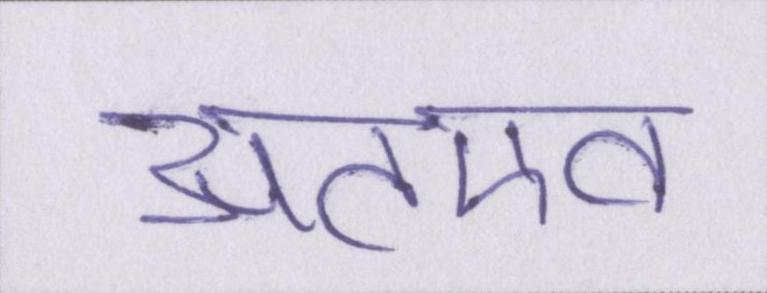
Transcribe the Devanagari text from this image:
अतएव